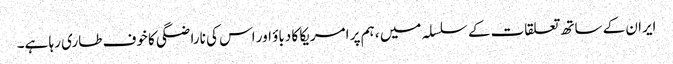
ایران کے ساتھ تعلقات کے سلسلہ میں ، ہم پر امریکا کا دباؤ اور اس کی ناراضگی کا خوف طاری رہا ہے۔